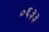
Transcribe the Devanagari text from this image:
०६३३